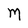
Character: M